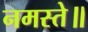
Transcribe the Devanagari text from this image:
नमस्ते॥